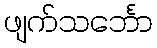
ဖျက်သင်္ဘော